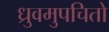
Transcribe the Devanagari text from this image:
ध्रुवमुपचितो